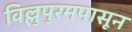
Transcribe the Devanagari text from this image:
विल्लुपुरमपासून